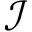
\mathcal { I }